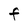
Character: F